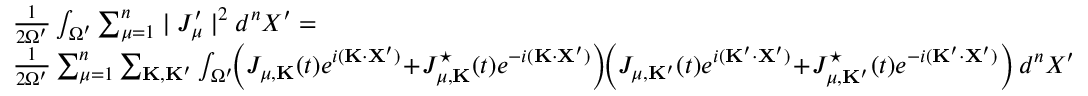
\begin{array} { r l } & { \frac { 1 } { 2 \Omega ^ { \prime } } \int _ { \Omega ^ { \prime } } \sum _ { \mu = 1 } ^ { n } \mid J _ { \mu } ^ { \prime } \mid ^ { 2 } d ^ { n } X ^ { \prime } = } \\ & { \frac { 1 } { 2 \Omega ^ { \prime } } \sum _ { \mu = 1 } ^ { n } \sum _ { { \bf K } , { \bf K } ^ { \prime } } \int _ { \Omega ^ { \prime } } \! \! \left( J _ { \mu , { \bf K } } ( t ) e ^ { i ( { \bf K } \cdot { \bf X } ^ { \prime } ) } \! + \! J _ { \mu , { \bf K } } ^ { \star } ( t ) e ^ { - i ( { \bf K } \cdot { \bf X } ^ { \prime } ) } \right) \! \! \left( J _ { \mu , { \bf K } ^ { \prime } } ( t ) e ^ { i ( { \bf K ^ { \prime } } \cdot { \bf X } ^ { \prime } ) } \! + \! J _ { \mu , { \bf K } ^ { \prime } } ^ { \star } ( t ) e ^ { - i ( { \bf K ^ { \prime } } \cdot { \bf X } ^ { \prime } ) } \right) d ^ { n } X ^ { \prime } } \end{array}